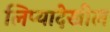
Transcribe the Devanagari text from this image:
लिप्यादेखील